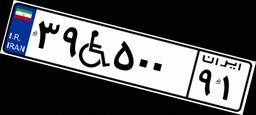
۳۹W۵۰۰۹۱